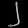
Digit: ၂